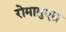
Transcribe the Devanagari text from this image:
रोमागुएरा